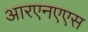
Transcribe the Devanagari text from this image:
आरएनएएस